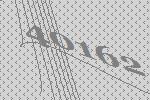
40162